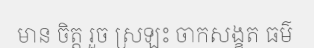
មាន ចិត្ត រួច ស្រឡះ ចាកសង្ខត ធម៌